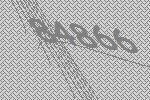
84866